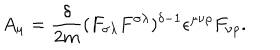
A _ { \mu } = \frac { \delta } { 2 m } ( F _ { \sigma \lambda } F ^ { \sigma \lambda } ) ^ { \delta - 1 } \epsilon ^ { \mu \nu \rho } F _ { \nu \rho } .